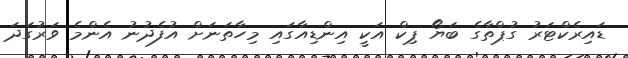
ޑައިރެކްޓަރު ގުޕްތާގެ ބަޔޯ ޕިކް އަކީ އިންޑިއާގައި މިހާތަނަށް އުފެދުނު އެންމެ ވަރުގަދަ